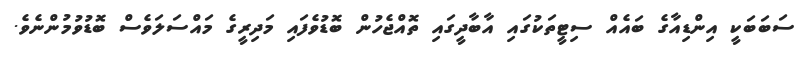
ސަބަބަކީ އިންޑިއާގެ ބައެއް ސިޓީތަކުގައި އާބާދީގައި ތޮއްޖެހުން ބޮޑުވެފައި މަދިރީގެ މައްސަލަވެސް ބޮޑުވުމުންނެވެ.